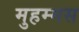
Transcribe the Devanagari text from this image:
मुहम्मस